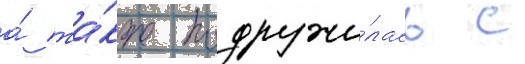
а́ та́кже подружи́лась с